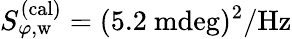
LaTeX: S_{\varphi,\mathrm{w}}^{(\mathrm{cal)}}=(5.2~\mathrm{mdeg})^{2}/\mathrm{Hz}